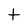
Character: t